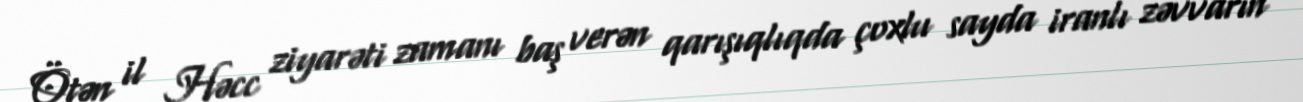
Ötən il Həcc ziyarəti zamanı baş verən qarışıqlıqda çoxlu sayda iranlı zəvvarın